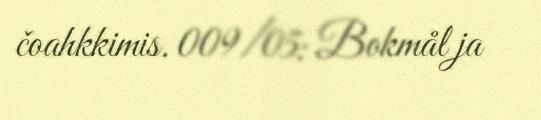
čoahkkimis. 009/05: Bokmål ja